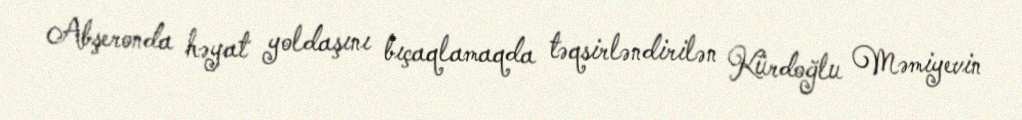
Abşeronda həyat yoldaşını bıçaqlamaqda təqsirləndirilən Kürdoğlu Məmiyevin